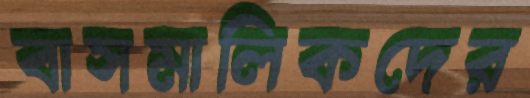
বাসমালিকদের